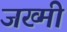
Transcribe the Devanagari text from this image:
जख्मीं